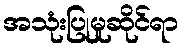
အသုံးပြုမှုဆိုင်ရာ